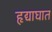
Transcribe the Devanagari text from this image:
हृद्याघात